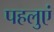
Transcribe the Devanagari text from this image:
पहलुएं